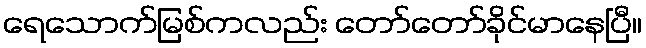
ရေသောက်မြစ်ကလည်း တော်တော်ခိုင်မာနေပြီ။